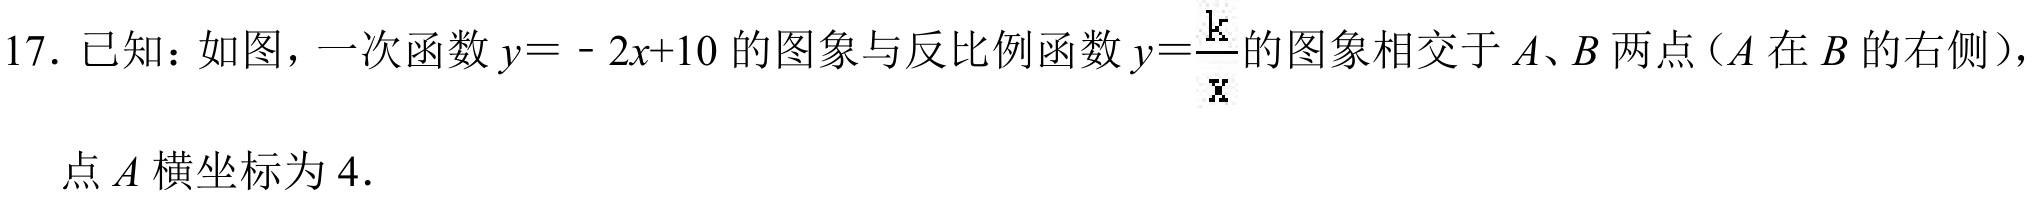
17. 已知：如图，一次函数$y = - 2x + 10$的图象与反比例函数$y=\frac{k}{x}$的图象相交于$A、B$两点（$A$在$B$的右侧），
点$A$横坐标为$4.$